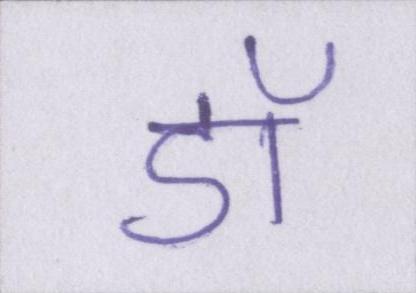
डॉ